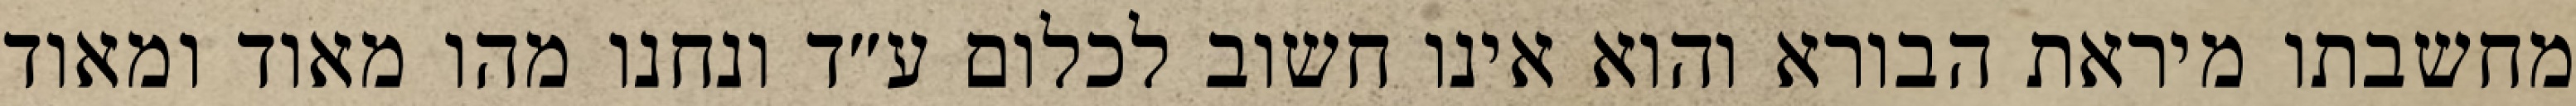
מחשבתו מיראת הבורא והוא אינו חשוב לכלום ע״ד ונחנו מהו מאוד ומאוד